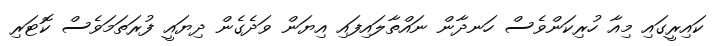
ކައިރީގައި މިއާ ހުރިކަންވެސް ހަނދާން ނައްތާލައިފައި އިޔަން ވަދެގެން ދިޔައީ ފުރަތަމަވެސް ކޮޓަރި